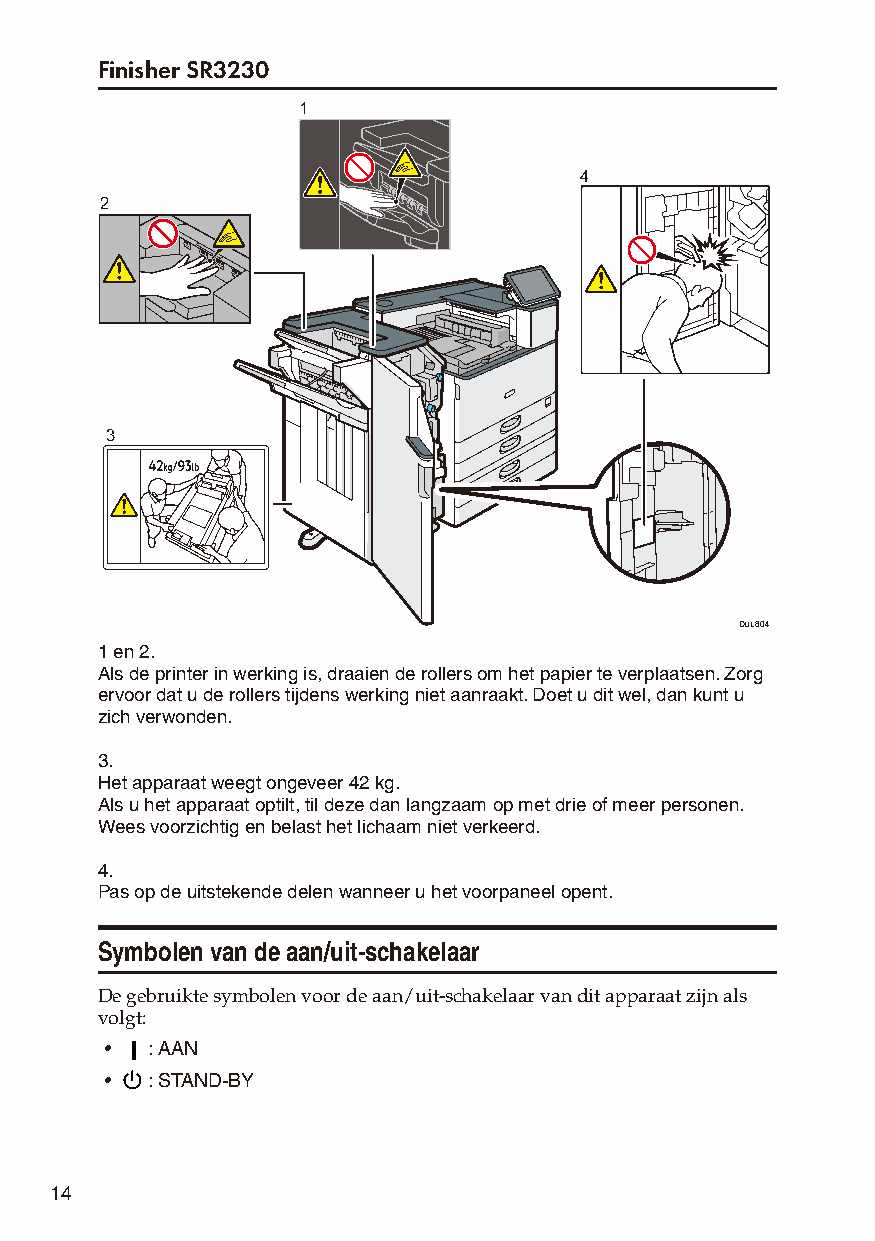
Finisher SR3230
 1
 4
 2
 3
 DUL804
 1 en 2.
 Als de printer in werking is, draaien de rollers om het papier te verplaatsen. Zorg
 ervoor dat u de rollers tijdens werking niet aanraakt. Doet u dit wel, dan kunt u
 zich verwonden.
 3.
 Het apparaat weegt ongeveer 42 kg.
 Als u het apparaat optilt, til deze dan langzaam op met drie of meer personen.
 Wees voorzichtig en belast het lichaam niet verkeerd.
 4.
 Pas op de uitstekende delen wanneer u het voorpaneel opent.
 Symbolen van de aan/uit-schakelaar
 De gebruikte symbolen voor de aan/uit-schakelaar van dit apparaat zijn als
 volgt:
 •  : AAN
 •  : STAND-BY
 14